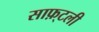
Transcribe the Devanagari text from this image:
साफ़्टली